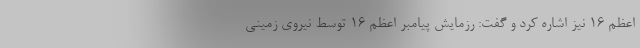
اعظم ۱۶ نیز اشاره کرد و گفت: رزمایش پیامبر اعظم ۱۶ توسط نیروی زمینی